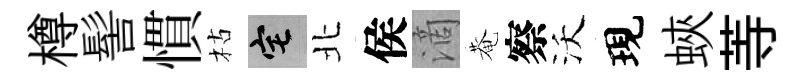
樽髻慣枯宅北侯滴菴察沃現蛺䓁